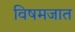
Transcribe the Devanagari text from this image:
विषमजात